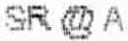
SR @ A